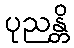
ပုညန္တိ